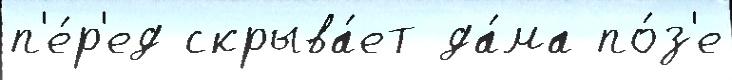
п'е́р'ед скрыва́ет да́ма по́з'е